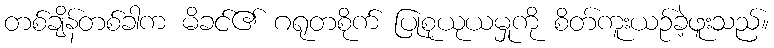
တစ်ချိန်တစ်ခါက မိခင်၏ ဂရုတစိုက် ပြုစုယုယမှုကို စိတ်ကူးယဉ်ခဲ့ဖူးသည်။